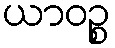
ယာဝဉ္စ